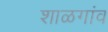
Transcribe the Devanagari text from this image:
शाळगांव